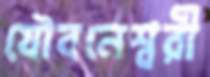
যৌবনেশ্বরী